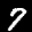
Label: 7